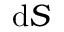
\mathrm { d } S